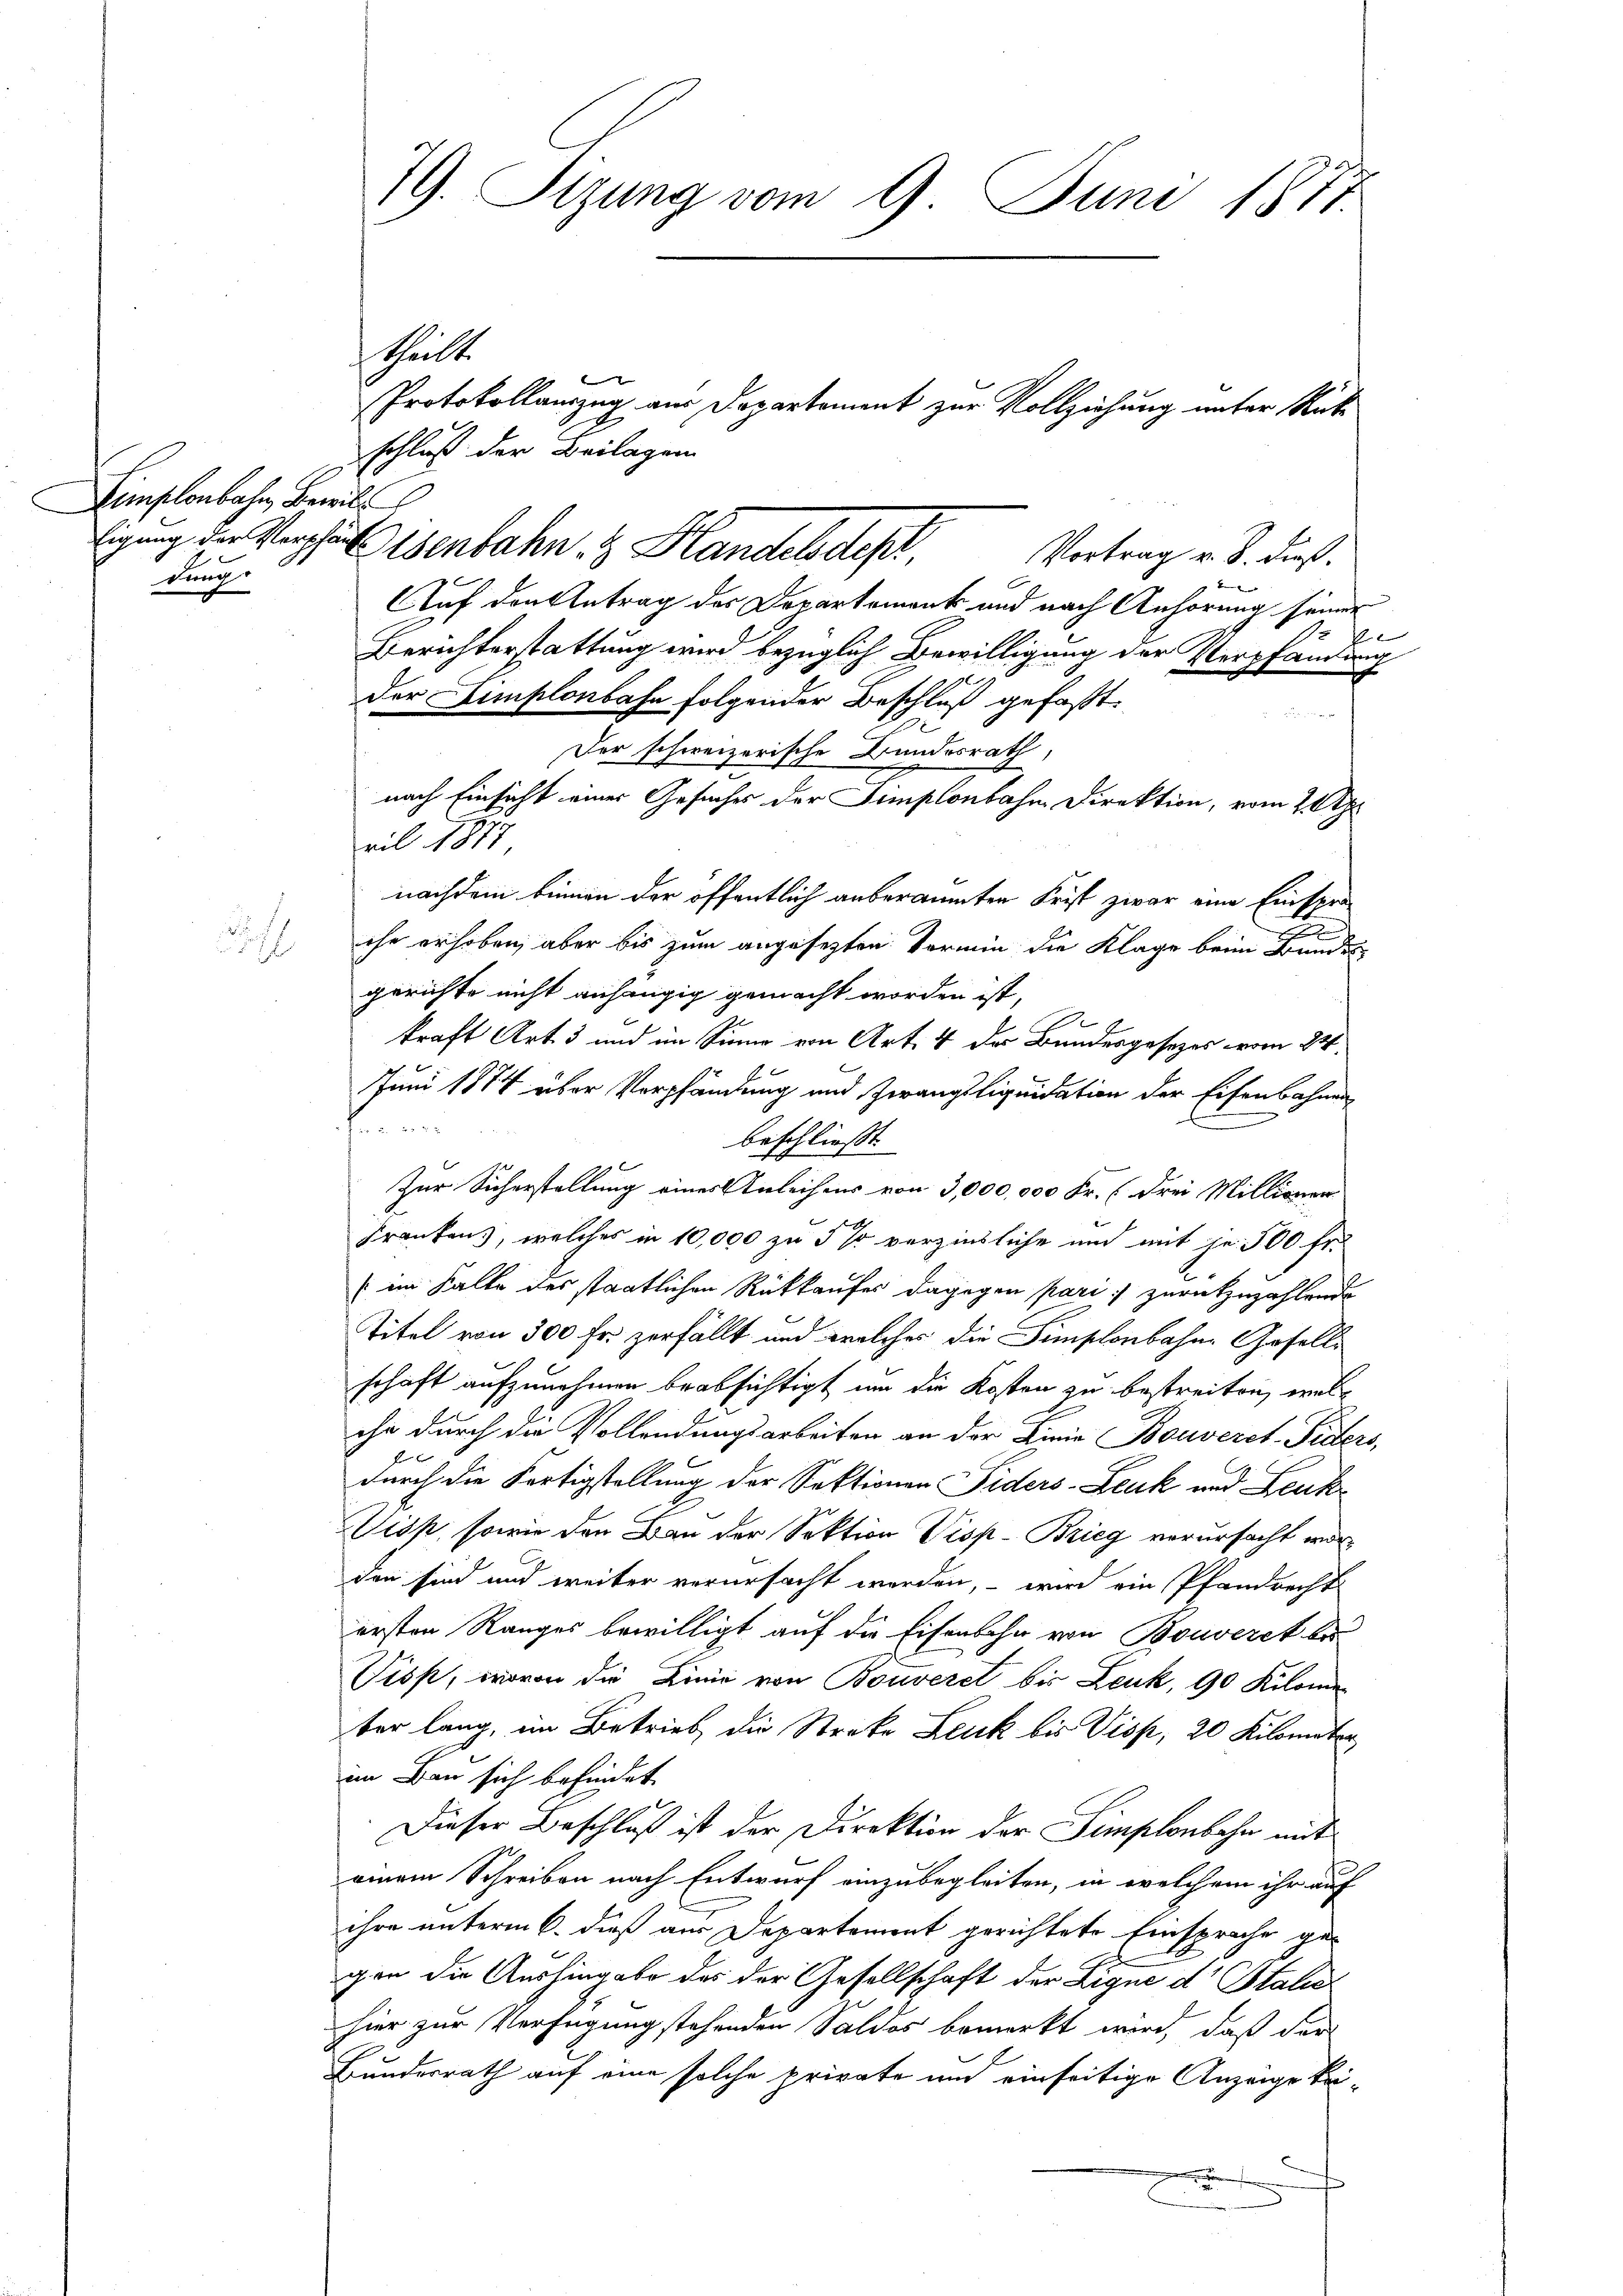
Limplonbahn, Bewill
dung

ohl

79. Sizung vom 9. Juni 1871.

schluß der Beilagen
sigung der Verhaltenbahn & Handelsdep
Auf den Antrag des Departement und nach Anhörung seiner
P
Berichterstattung wird bezüglich Bewilligung der Verpfändung
9
der Limplonbahn folgender Beschluß gefaßt.
Der schweizerische Bundesrath,
nach Einsicht einer Gesuches der Simplonbahn Direktion, vom 2 Uh
ril 1877
nachdem binnen der öffentlich anberaumten Frist zwar eine Einsprache erhoben, aber bis zum angesezten Vermin die Klage beim Bundes-
gerichte nicht anhängig gemacht worden ist,
kraft Art. 3 und im Sinne von Art. 4 der Bundesgesetzes vom 24.
Juni 1874 über Verpfändung und Zwangsliquidation der Eisenbahnen

beschließt:
Zur Sicherstellung eines Anleihens von 3,000,000 Fr. (drei Millionen
Franken, welches in 10,000 zu 5 so verzinsliche und mit je 500 fr.
(im Falle des staatlichen Rückkaufes dagegen pari) zurückzuzahlende
Titel von 300 Fr. zerfällt und welches die Simplonbahn-Geselle
schaft aufzunehmen beabsichtigt um die Kosten zu bestreiten, welche durch die Vollendungsarbeiten an der Linie Bouverst-Piders
durch die Fertigstellung der Sektionen Fiders-Zeuk und Leuk¬
Visp, sowie den Bau der Sektion Visp-Brieg verursacht worden sind und weiter verursacht werden, – wird ein Pfandrecht
ersten Ranges bewilligt auf die Eisenbahn von Bouveret bei
Tiss, wovon die Linie von Bouveret bis Leuk, 90 Kilome
ter lang, im Betrieb die Streke Leuk bis Visp, 20 Kilometer
im Bau sich befindet.
Dieser Beschluß ist der Direktion der Simplonbahn mit
einem Schreiben nach Entwurf einzubegleiten, in welchem ihr auf
ihre unterm 6. dieß aus Departement gerichtete Einsprache gegen die Aushingabe des der Gesellschaft der Ligne dr Stalie
hier zur Verfügung stehenden Saldos bemerkt wird, daß der
Bundesrath auf eine solche private um einseitige Anzeige kei-

theilte

Vortrag v. 8. dieß.

Protokollauszug aus Departement zur Vollziehung unter Rück